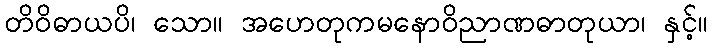
တိဝိဓာယပိ၊ သော။ အဟေတုကမနောဝိညာဏဓာတုယာ၊ နှင့်။